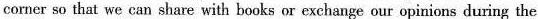
corner so that we can share with books or exehange our opinions during the